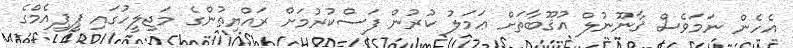
އެހެން ނަމަވެސް ޤާނޫނުލް އުޤޫބާތަށް ޢަމަލު ކުރުން ފަސްކުރުމަށް ރައްޔިތުންގެ މަޖިލީހުގައި ޕީޕީއެމްގެ